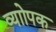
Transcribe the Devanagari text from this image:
व्याोपक